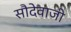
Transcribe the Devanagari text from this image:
सौदेवाजी